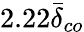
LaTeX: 2.22\bar{\delta}_{co}